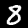
Label: 8